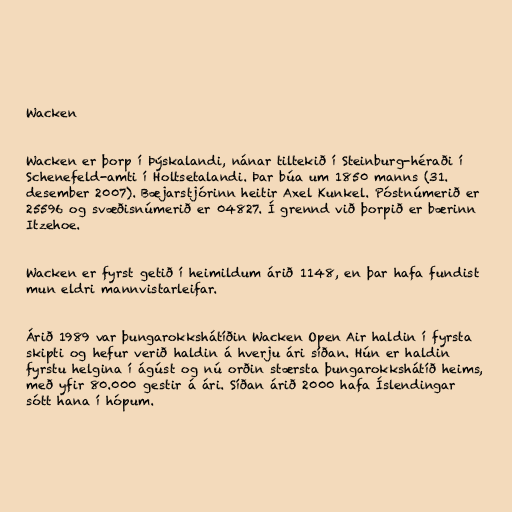
Wacken

Wacken er þorp í Þýskalandi, nánar tiltekið í Steinburg-héraði í
Schenefeld-amti í Holtsetalandi. Þar búa um 1850 manns (31.
desember 2007). Bæjarstjórinn heitir Axel Kunkel. Póstnúmerið er
25596 og svæðisnúmerið er 04827. Í grennd við þorpið er bærinn
Itzehoe.

Wacken er fyrst getið í heimildum árið 1148, en þar hafa fundist
mun eldri mannvistarleifar.

Árið 1989 var þungarokkshátíðin Wacken Open Air haldin í fyrsta
skipti og hefur verið haldin á hverju ári síðan. Hún er haldin
fyrstu helgina í ágúst og nú orðin stærsta þungarokkshátíð heims,
með yfir 80.000 gestir á ári. Síðan árið 2000 hafa Íslendingar
sótt hana í hópum.